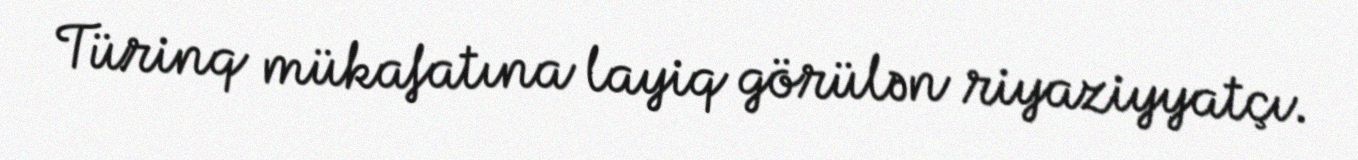
Türinq mükafatına layiq görülən riyaziyyatçı.